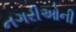
નગરીઓની